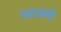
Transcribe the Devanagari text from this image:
रवानागी